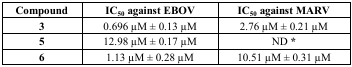
| Compound | IC50 against EBOV | IC50 against MARV |
 | --- | --- | --- |
 | 3 | 0.696 μM ± 0.13 μM | 2.76 μM ± 0.21 μM |
 | 5 | 12.98 μM ± 0.17 μM | ND * |
 | 6 | 1.13 μM ± 0.28 μM | 10.51 μM ± 0.31 μM |